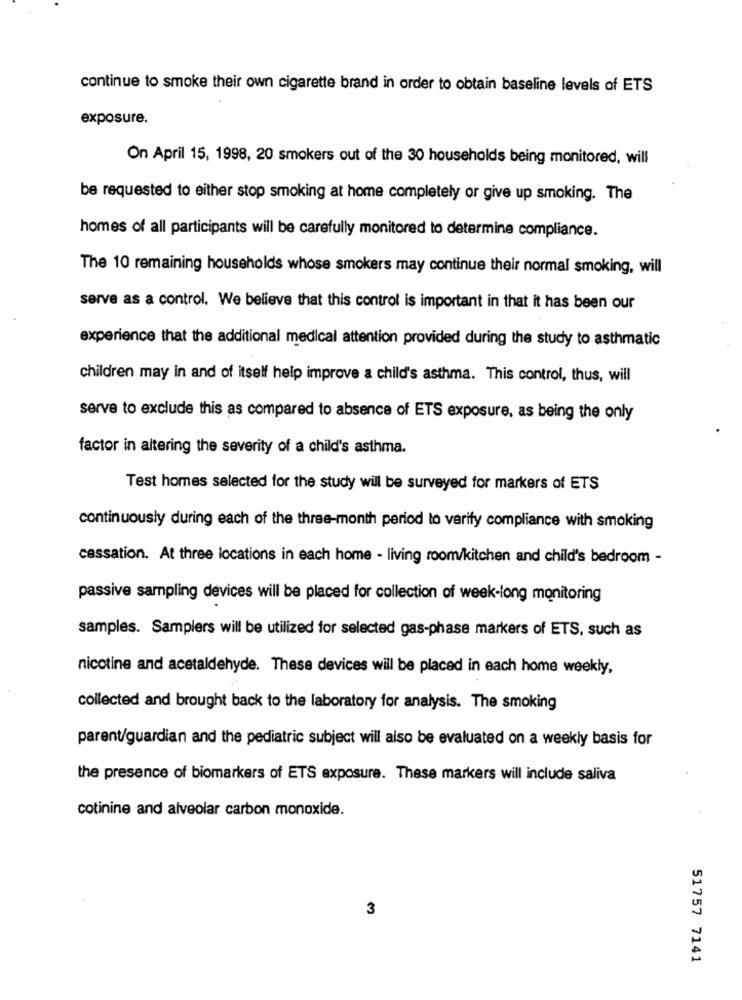
continue to smoke their own cigarette brand in order to obtain baseline levels of ETS
exposure.
On April 15, 1998, 20 smokers out of the 30 households being monitored, will
be requested to either stop smoking at home completely or give up smoking. The
homes of all participants will be carefully monitored to determine compliance.
The 10 remaining households whose smokers may continue their normal smoking, will
serve as a control. We believe that this control is important in that it has been our
experience that the additional medical attention provided during the study to asthmatic
children may in and of itself help improve a child's asthma. This control, thus, will
serve to exclude this as compared to absence of ETS exposure, as being the only
factor in altering the severity of a child's asthma.
Test homes selected for the study will be surveyed for markers of ETS
continuously during each of the three-month period to verify compliance with smoking
cassation. At three locations in each home - living room/kitchen and child's bedroom -
passive sampling devices will be placed for collection of week-long monitoring
samples. Samplers will be utilized for selected gas-phase markers of ETS, such as
nicotine and acetaldehyde. These devices will be placed in each home weekly,
collected and brought back to the laboratory for analysis. The smoking
parent/guardian and the pediatric subject will also be evaluated on a weekly basis for
the presence of biomarkers of ETS exposure. These markers will include saliva
cotinine and alveolar carbon monoxide.
3
51757 7141